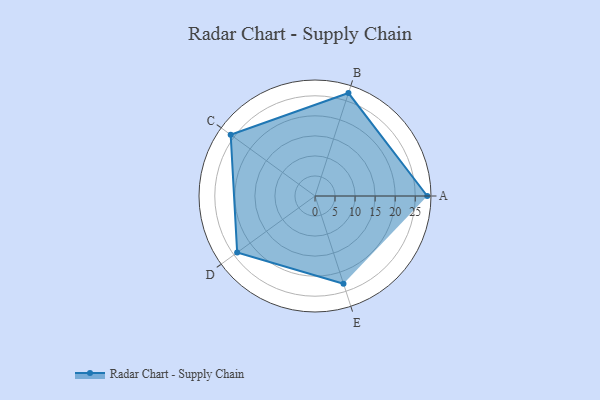
{"axis": {"x": "Skill", "y": "Score"}, "legend": ["Profile"], "data": [{"x": "A", "y": 28.0, "type": "Profile"}, {"x": "B", "y": 27.0, "type": "Profile"}, {"x": "C", "y": 26.0, "type": "Profile"}, {"x": "D", "y": 24.0, "type": "Profile"}, {"x": "E", "y": 23.0, "type": "Profile"}]}